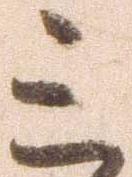
三